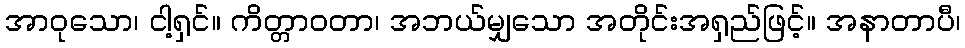
အာဝုသော၊ ငါ့ရှင်။ ကိတ္တာဝတာ၊ အဘယ်မျှသော အတိုင်းအရှည်ဖြင့်။ အနာတာပီ၊